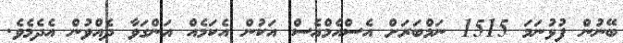
ބޭނުން ފުޅުނަމަ 1515 ނަމްބަރަށް އެސްއެމްއެސް އަކުން އެކަމެއް އަންގަވާ ދެއްވުން އެދެމެވެ.